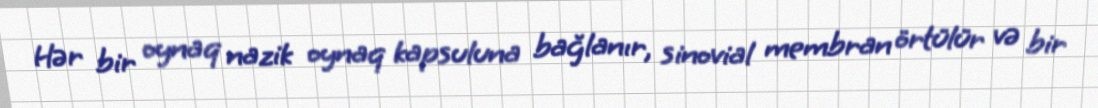
Hər bir oynaq nazik oynaq kapsuluna bağlanır, sinovial membran örtülür və bir